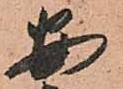
安